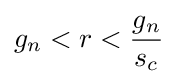
g_{n}<r<{\frac {g_{n}}{s_{c}}}